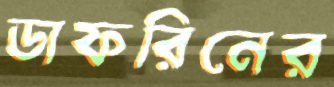
ডাফরিনের